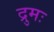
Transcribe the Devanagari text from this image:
द्रुमः